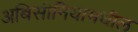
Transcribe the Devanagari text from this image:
अबिसीनियामधील